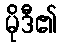
မိုဒီ၏